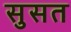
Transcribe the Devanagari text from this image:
सुसत